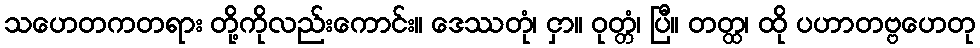
သဟေတကတရား တို့ကိုလည်းကောင်း။ ဒေဿတုံ၊ ငှာ။ ဝုတ္တံ၊ ပြီ။ တတ္ထ၊ ထို ပဟာတဗ္ဗဟေတု